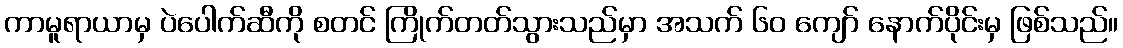
ကာမူရာယာမှ ပဲပေါက်ဆီကို စတင် ကြိုက်တတ်သွားသည်မှာ အသက် ၆၀ ကျော် နောက်ပိုင်းမှ ဖြစ်သည်။